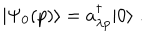
LaTeX: | \Psi _ { 0 } ( p ) \rangle = a _ { \lambda p } ^ { \dagger } | 0 \rangle \; .